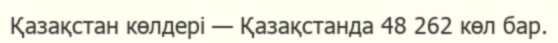
Қазақстан көлдері — Қазақстанда 48 262 көл бар.